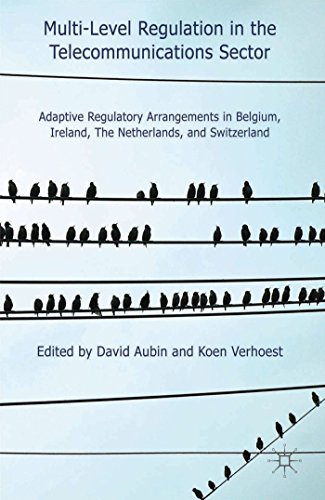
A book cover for Multi-Level Regulation in the Telecommunications Sector: Adaptive Regulatory Arrangements in Belgium, Ireland, The Netherlands and Switzerland; History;